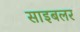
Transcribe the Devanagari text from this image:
साइबलर